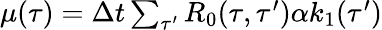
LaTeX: \begin{array}{r}{\mu(\tau)=\Delta t\sum_{\tau^{\prime}}R_{0}(\tau,\tau^{\prime})\alpha k_{1}(\tau^{\prime})}\end{array}